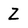
Character: Z